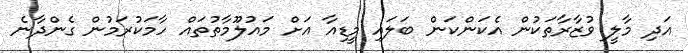
އަދި މާލީ ވުޒާރާތަކުން އެކަންކަން ބަލައި މީޑިއާ އަށް މައުލޫމާތުތައް ހާމަކުރަމުން ގެންދާނެ